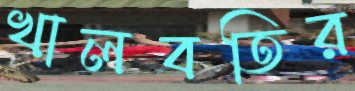
খালবতির